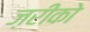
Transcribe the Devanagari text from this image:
ज़रीको